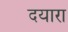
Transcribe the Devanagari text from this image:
दयारा